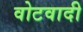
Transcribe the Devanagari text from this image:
वोटवादी